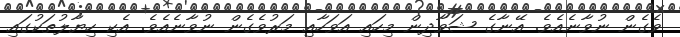
ވެގެން ނުވާނެއެވެ. އޭނާގެ ޝަވާދިން މިހައި އަވަހާއި މަރުވެގެން ނުވާނެއެވެ. އެކި ހިޔާލުތަކުގައި